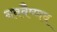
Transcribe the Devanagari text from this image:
नववैष्णव